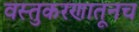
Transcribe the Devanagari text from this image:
वस्तुकरणातूनच